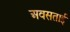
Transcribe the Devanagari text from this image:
अवसताई